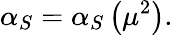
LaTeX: \alpha_{S}=\alpha_{S}\left(\mu^{2}\right).